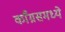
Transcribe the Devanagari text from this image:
काँग्रसमध्ये